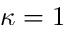
\kappa = 1